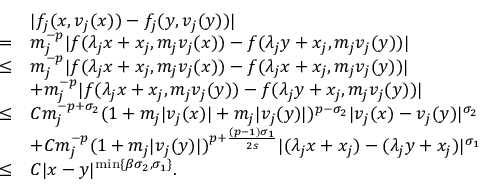
\begin{array} { r l } & { | f _ { j } ( x , v _ { j } ( x ) ) - f _ { j } ( y , v _ { j } ( y ) ) | } \\ { = } & { m _ { j } ^ { - p } | f ( \lambda _ { j } x + x _ { j } , m _ { j } v _ { j } ( x ) ) - f ( \lambda _ { j } y + x _ { j } , m _ { j } v _ { j } ( y ) ) | } \\ { \leq } & { m _ { j } ^ { - p } | f ( \lambda _ { j } x + x _ { j } , m _ { j } v _ { j } ( x ) ) - f ( \lambda _ { j } x + x _ { j } , m _ { j } v _ { j } ( y ) ) | } \\ & { + m _ { j } ^ { - p } | f ( \lambda _ { j } x + x _ { j } , m _ { j } v _ { j } ( y ) ) - f ( \lambda _ { j } y + x _ { j } , m _ { j } v _ { j } ( y ) ) | } \\ { \leq } & { C m _ { j } ^ { - p + \sigma _ { 2 } } ( 1 + m _ { j } | v _ { j } ( x ) | + m _ { j } | v _ { j } ( y ) | ) ^ { p - \sigma _ { 2 } } | v _ { j } ( x ) - v _ { j } ( y ) | ^ { \sigma _ { 2 } } } \\ & { + C m _ { j } ^ { - p } ( 1 + m _ { j } | v _ { j } ( y ) | ) ^ { p + \frac { ( p - 1 ) \sigma _ { 1 } } { 2 s } } | ( \lambda _ { j } x + x _ { j } ) - ( \lambda _ { j } y + x _ { j } ) | ^ { \sigma _ { 1 } } } \\ { \leq } & { C | x - y | ^ { \operatorname* { m i n } \{ \beta \sigma _ { 2 } , \sigma _ { 1 } \} } . } \end{array}